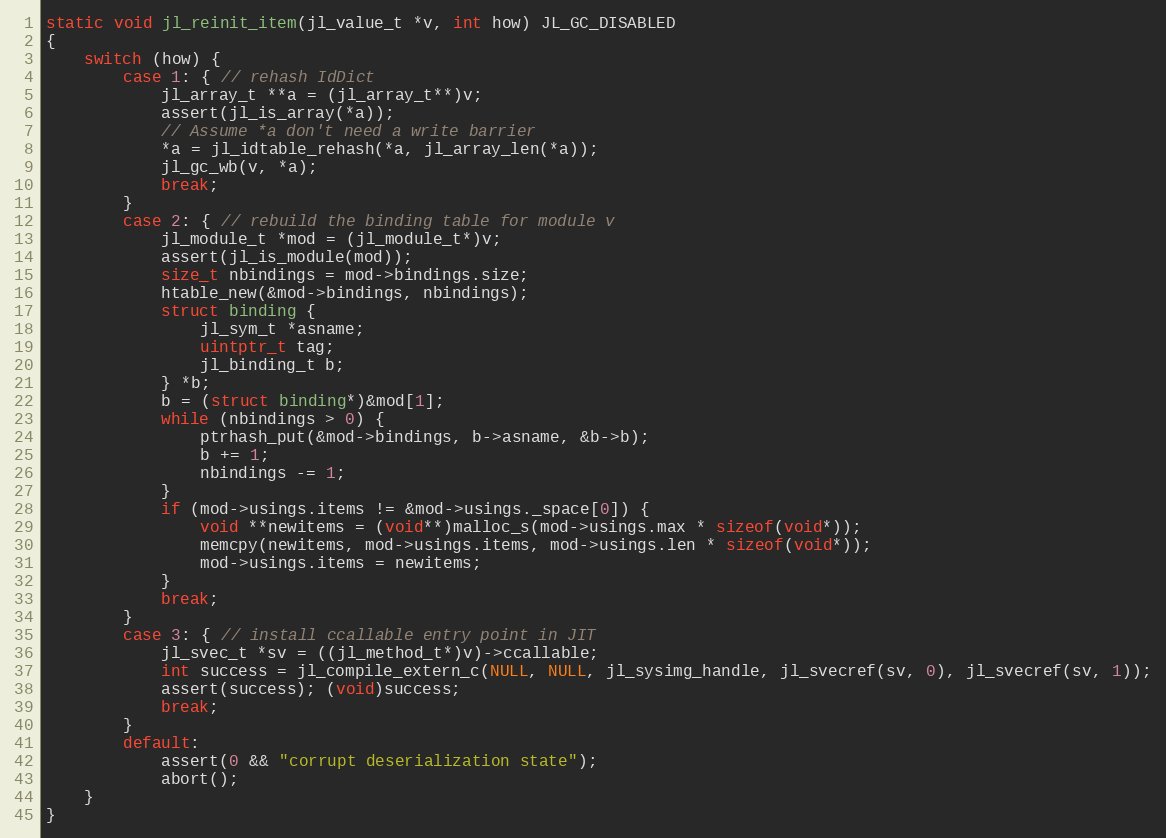
Language: C
static void jl_reinit_item(jl_value_t *v, int how) JL_GC_DISABLED
{
    switch (how) {
        case 1: { // rehash IdDict
            jl_array_t **a = (jl_array_t**)v;
            assert(jl_is_array(*a));
            // Assume *a don't need a write barrier
            *a = jl_idtable_rehash(*a, jl_array_len(*a));
            jl_gc_wb(v, *a);
            break;
        }
        case 2: { // rebuild the binding table for module v
            jl_module_t *mod = (jl_module_t*)v;
            assert(jl_is_module(mod));
            size_t nbindings = mod->bindings.size;
            htable_new(&mod->bindings, nbindings);
            struct binding {
                jl_sym_t *asname;
                uintptr_t tag;
                jl_binding_t b;
            } *b;
            b = (struct binding*)&mod[1];
            while (nbindings > 0) {
                ptrhash_put(&mod->bindings, b->asname, &b->b);
                b += 1;
                nbindings -= 1;
            }
            if (mod->usings.items != &mod->usings._space[0]) {
                void **newitems = (void**)malloc_s(mod->usings.max * sizeof(void*));
                memcpy(newitems, mod->usings.items, mod->usings.len * sizeof(void*));
                mod->usings.items = newitems;
            }
            break;
        }
        case 3: { // install ccallable entry point in JIT
            jl_svec_t *sv = ((jl_method_t*)v)->ccallable;
            int success = jl_compile_extern_c(NULL, NULL, jl_sysimg_handle, jl_svecref(sv, 0), jl_svecref(sv, 1));
            assert(success); (void)success;
            break;
        }
        default:
            assert(0 && "corrupt deserialization state");
            abort();
    }
}